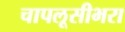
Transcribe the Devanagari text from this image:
चापलूसीभरा